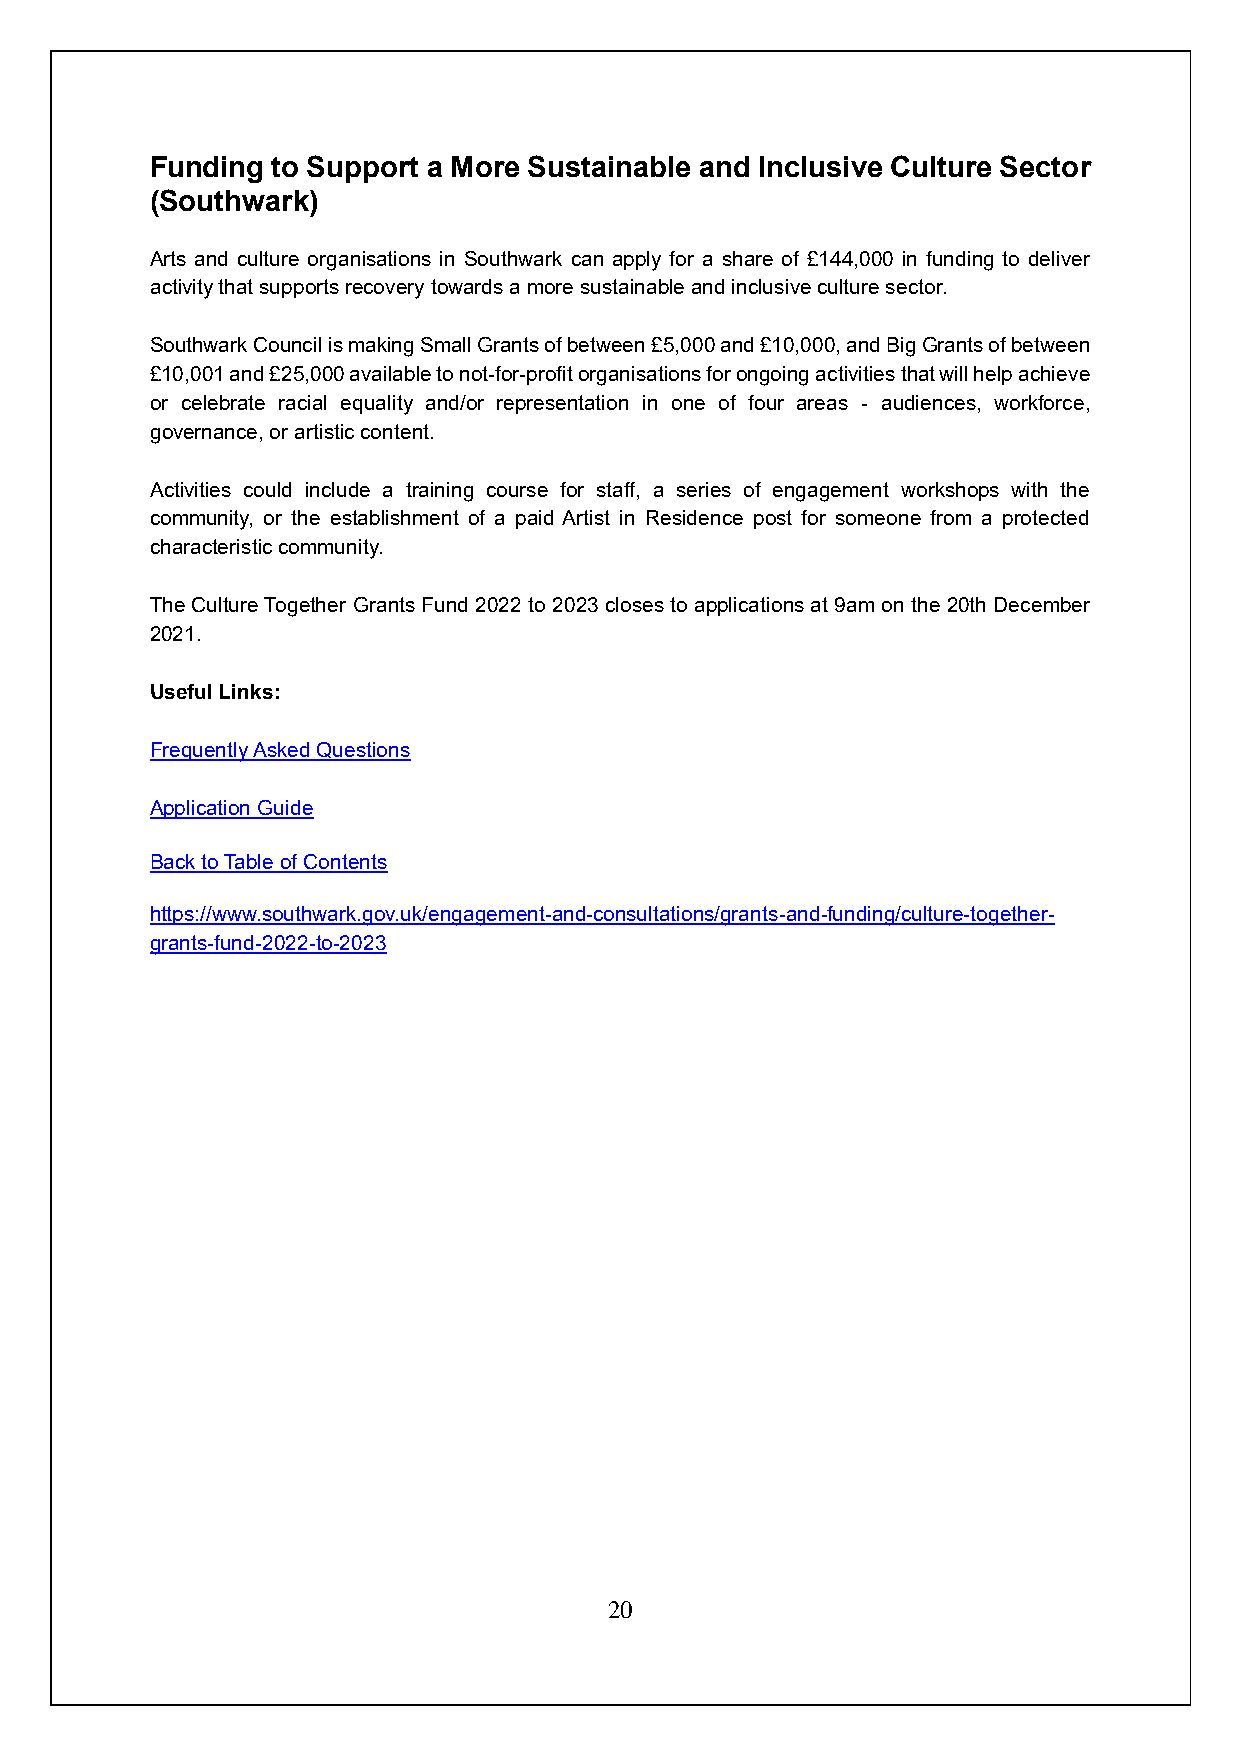
Funding to Support a More Sustainable and Inclusive Culture Sector
 (Southwark)
 Arts and culture organisations in Southwark can apply for a share of £144,000 in funding to deliver
 activity that supports recovery towards a more sustainable and inclusive culture sector.
 Southwark Council is making Small Grants of between £5,000 and £10,000, and Big Grants of between
 £10,001 and £25,000 available to not-for-profit organisations for ongoing activities that will help achieve
 or celebrate racial equality and/or representation in one of four areas - audiences, workforce,
 governance, or artistic content.
 Activities could include a training course for staff, a series of engagement workshops with the
 community, or the establishment of a paid Artist in Residence post for someone from a protected
 characteristic community.
 The Culture Together Grants Fund 2022 to 2023 closes to applications at 9am on the 20th December
 2021.
 Useful Links:
 Frequently Asked Questions
 Application Guide
 Back to Table of Contents
 https://www.southwark.gov.uk/engagement-and-consultations/grants-and-funding/culture-together-
 grants-fund-2022-to-2023
 20